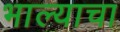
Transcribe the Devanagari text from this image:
भाल्याचा